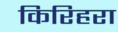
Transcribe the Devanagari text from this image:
किरिहरा